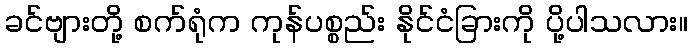
ခင်ဗျားတို့ စက်ရုံက ကုန်ပစ္စည်း နိုင်ငံခြားကို ပို့ပါသလား။